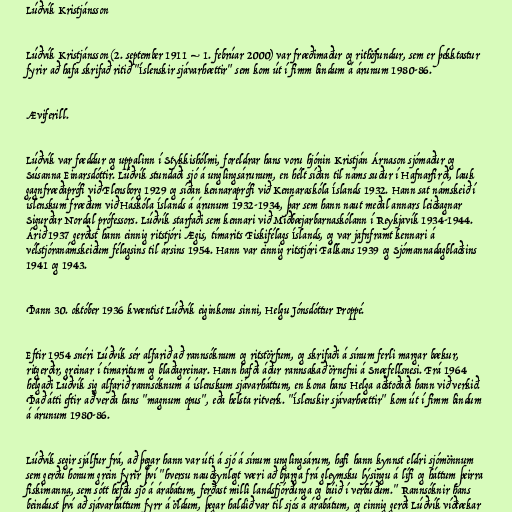
Lúðvík Kristjánsson

Lúðvík Kristjánsson (2. september 1911 – 1. febrúar 2000) var fræðimaður og rithöfundur, sem er þekktastur
fyrir að hafa skrifað ritið "Íslenskir sjávarhættir" sem kom út í fimm bindum á árunum 1980-86.

Æviferill.

Lúðvík var fæddur og uppalinn í Stykkishólmi, foreldrar hans voru hjónin Kristján Árnason sjómaður og
Súsanna Einarsdóttir. Lúðvík stundaði sjó á unglingsárunum, en hélt síðan til náms suður í Hafnarfirði, lauk
gagnfræðaprófi við Flensborg 1929 og síðan kennaraprófi við Kennaraskóla Íslands 1932. Hann sat námskeið í
íslenskum fræðum við Háskóla Íslands á árunum 1932-1934, þar sem hann naut meðal annars leiðsagnar
Sigurðar Nordal prófessors. Lúðvík starfaði sem kennari við Miðbæjarbarnaskólann í Reykjavík 1934-1944.
Árið 1937 gerðist hann einnig ritstjóri Ægis, tímarits Fiskifélags Íslands, og var jafnframt kennari á
vélstjóranámskeiðum félagsins til ársins 1954. Hann var einnig ritstjóri Fálkans 1939 og Sjómannadagblaðsins
1941 og 1943.

Þann 30. október 1936 kvæntist Lúðvík eiginkonu sinni, Helgu Jónsdóttur Proppé.

Eftir 1954 snéri Lúðvík sér alfarið að rannsóknum og ritstörfum, og skrifaði á sínum ferli margar bækur,
ritgerðir, greinar í tímaritum og blaðagreinar. Hann hafði áður rannsakað örnefni á Snæfellsnesi. Frá 1964
helgaði Lúðvík sig alfarið rannsóknum á íslenskum sjávarháttum, en kona hans Helga aðstoðaði hann við verkið.
Það átti eftir að verða hans "magnum opus", eða helsta ritverk. "Íslenskir sjávarhættir" kom út í fimm bindum
á árunum 1980-86.

Lúðvík segir sjálfur frá, að þegar hann var úti á sjó á sínum unglingsárum, hafi hann kynnst eldri sjómönnum
sem gerðu honum grein fyrir því "hversu nauðsynlegt væri að bjarga frá gleymsku lýsingu á lífi og háttum þeirra
fiskimanna, sem sótt hefðu sjó á árabátum, ferðast milli landsfjórðunga og búið í verbúðum." Rannsóknir hans
beindust því að sjávarháttum fyrr á öldum, þegar haldið var til sjós á árabátum, og einnig gerði Lúðvík víðtækar